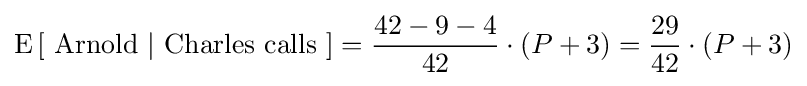
\operatorname {E} \left[{\mbox{ Arnold }}|{\mbox{ Charles calls }}\right]={\frac {42-9-4}{42}}\cdot (P+3)={\frac {29}{42}}\cdot (P+3)